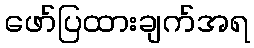
ဖော်ပြထားချက်အရ